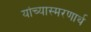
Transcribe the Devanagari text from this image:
यांच्यास्मरणार्थ